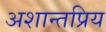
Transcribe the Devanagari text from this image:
अशान्तप्रिय